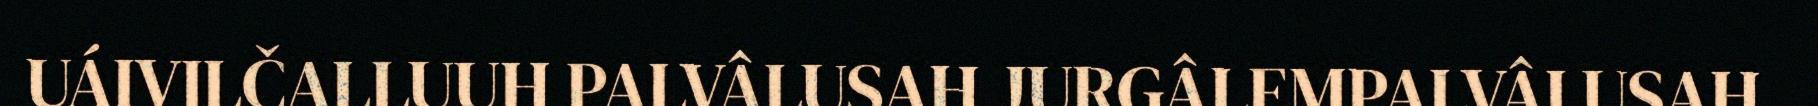
UÁIVILČALLUUH PALVÂLUSAH JURGÂLEMPALVÂLUSAH